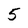
Character: 5